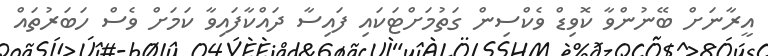
އީރާނަށް ބޭނުންވާ ކޮވިޑް ވެކްސިން ގަތުމަށްޓަކައި ފައިސާ ދައްކާފައިވާ ކަމަށް ވެސް ހަބަރުތައް